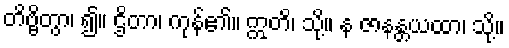
တိဗ္ဗိတွာ၊ ၍။ ဌိတာ၊ ကုန်၏။ ဣတိ၊ သို့။ န ဇာနန္တယထာ၊ သို့။